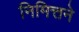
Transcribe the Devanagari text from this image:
निमित्तने